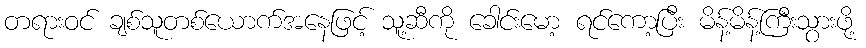
တရားဝင် ချစ်သူတစ်ယောက်အနေဖြင့် သူ့ဆီကို ခေါင်းမော့ ရင်ကော့ပြီး မိန့်မိန့်ကြီးသွားဖို့